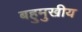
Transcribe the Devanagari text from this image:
बहुमुखीय